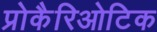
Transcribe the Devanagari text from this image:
प्रोकैरिओटिक